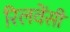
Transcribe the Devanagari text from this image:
रिलवेंसी